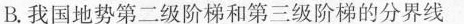
B.我国地势第二级阶梯和第三级阶梯的分界线